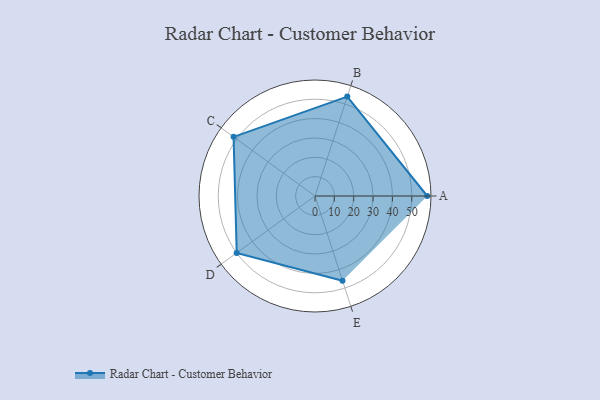
{"axis": {"x": "Skill", "y": "Score"}, "legend": ["Profile"], "data": [{"x": "A", "y": 58.0, "type": "Profile"}, {"x": "B", "y": 54.0, "type": "Profile"}, {"x": "C", "y": 52.0, "type": "Profile"}, {"x": "D", "y": 50.0, "type": "Profile"}, {"x": "E", "y": 46.0, "type": "Profile"}]}